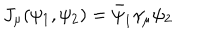
J _ { \mu } ( \psi _ { 1 } , \psi _ { 2 } ) = \bar { \psi } _ { 1 } \gamma _ { \mu } \psi _ { 2 }